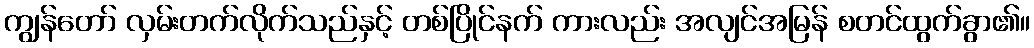
ကျွန်တော် လှမ်းတက်လိုက်သည်နှင့် တစ်ပြိုင်နက် ကားလည်း အလျင်အမြန် စတင်ထွက်ခွာ၏။